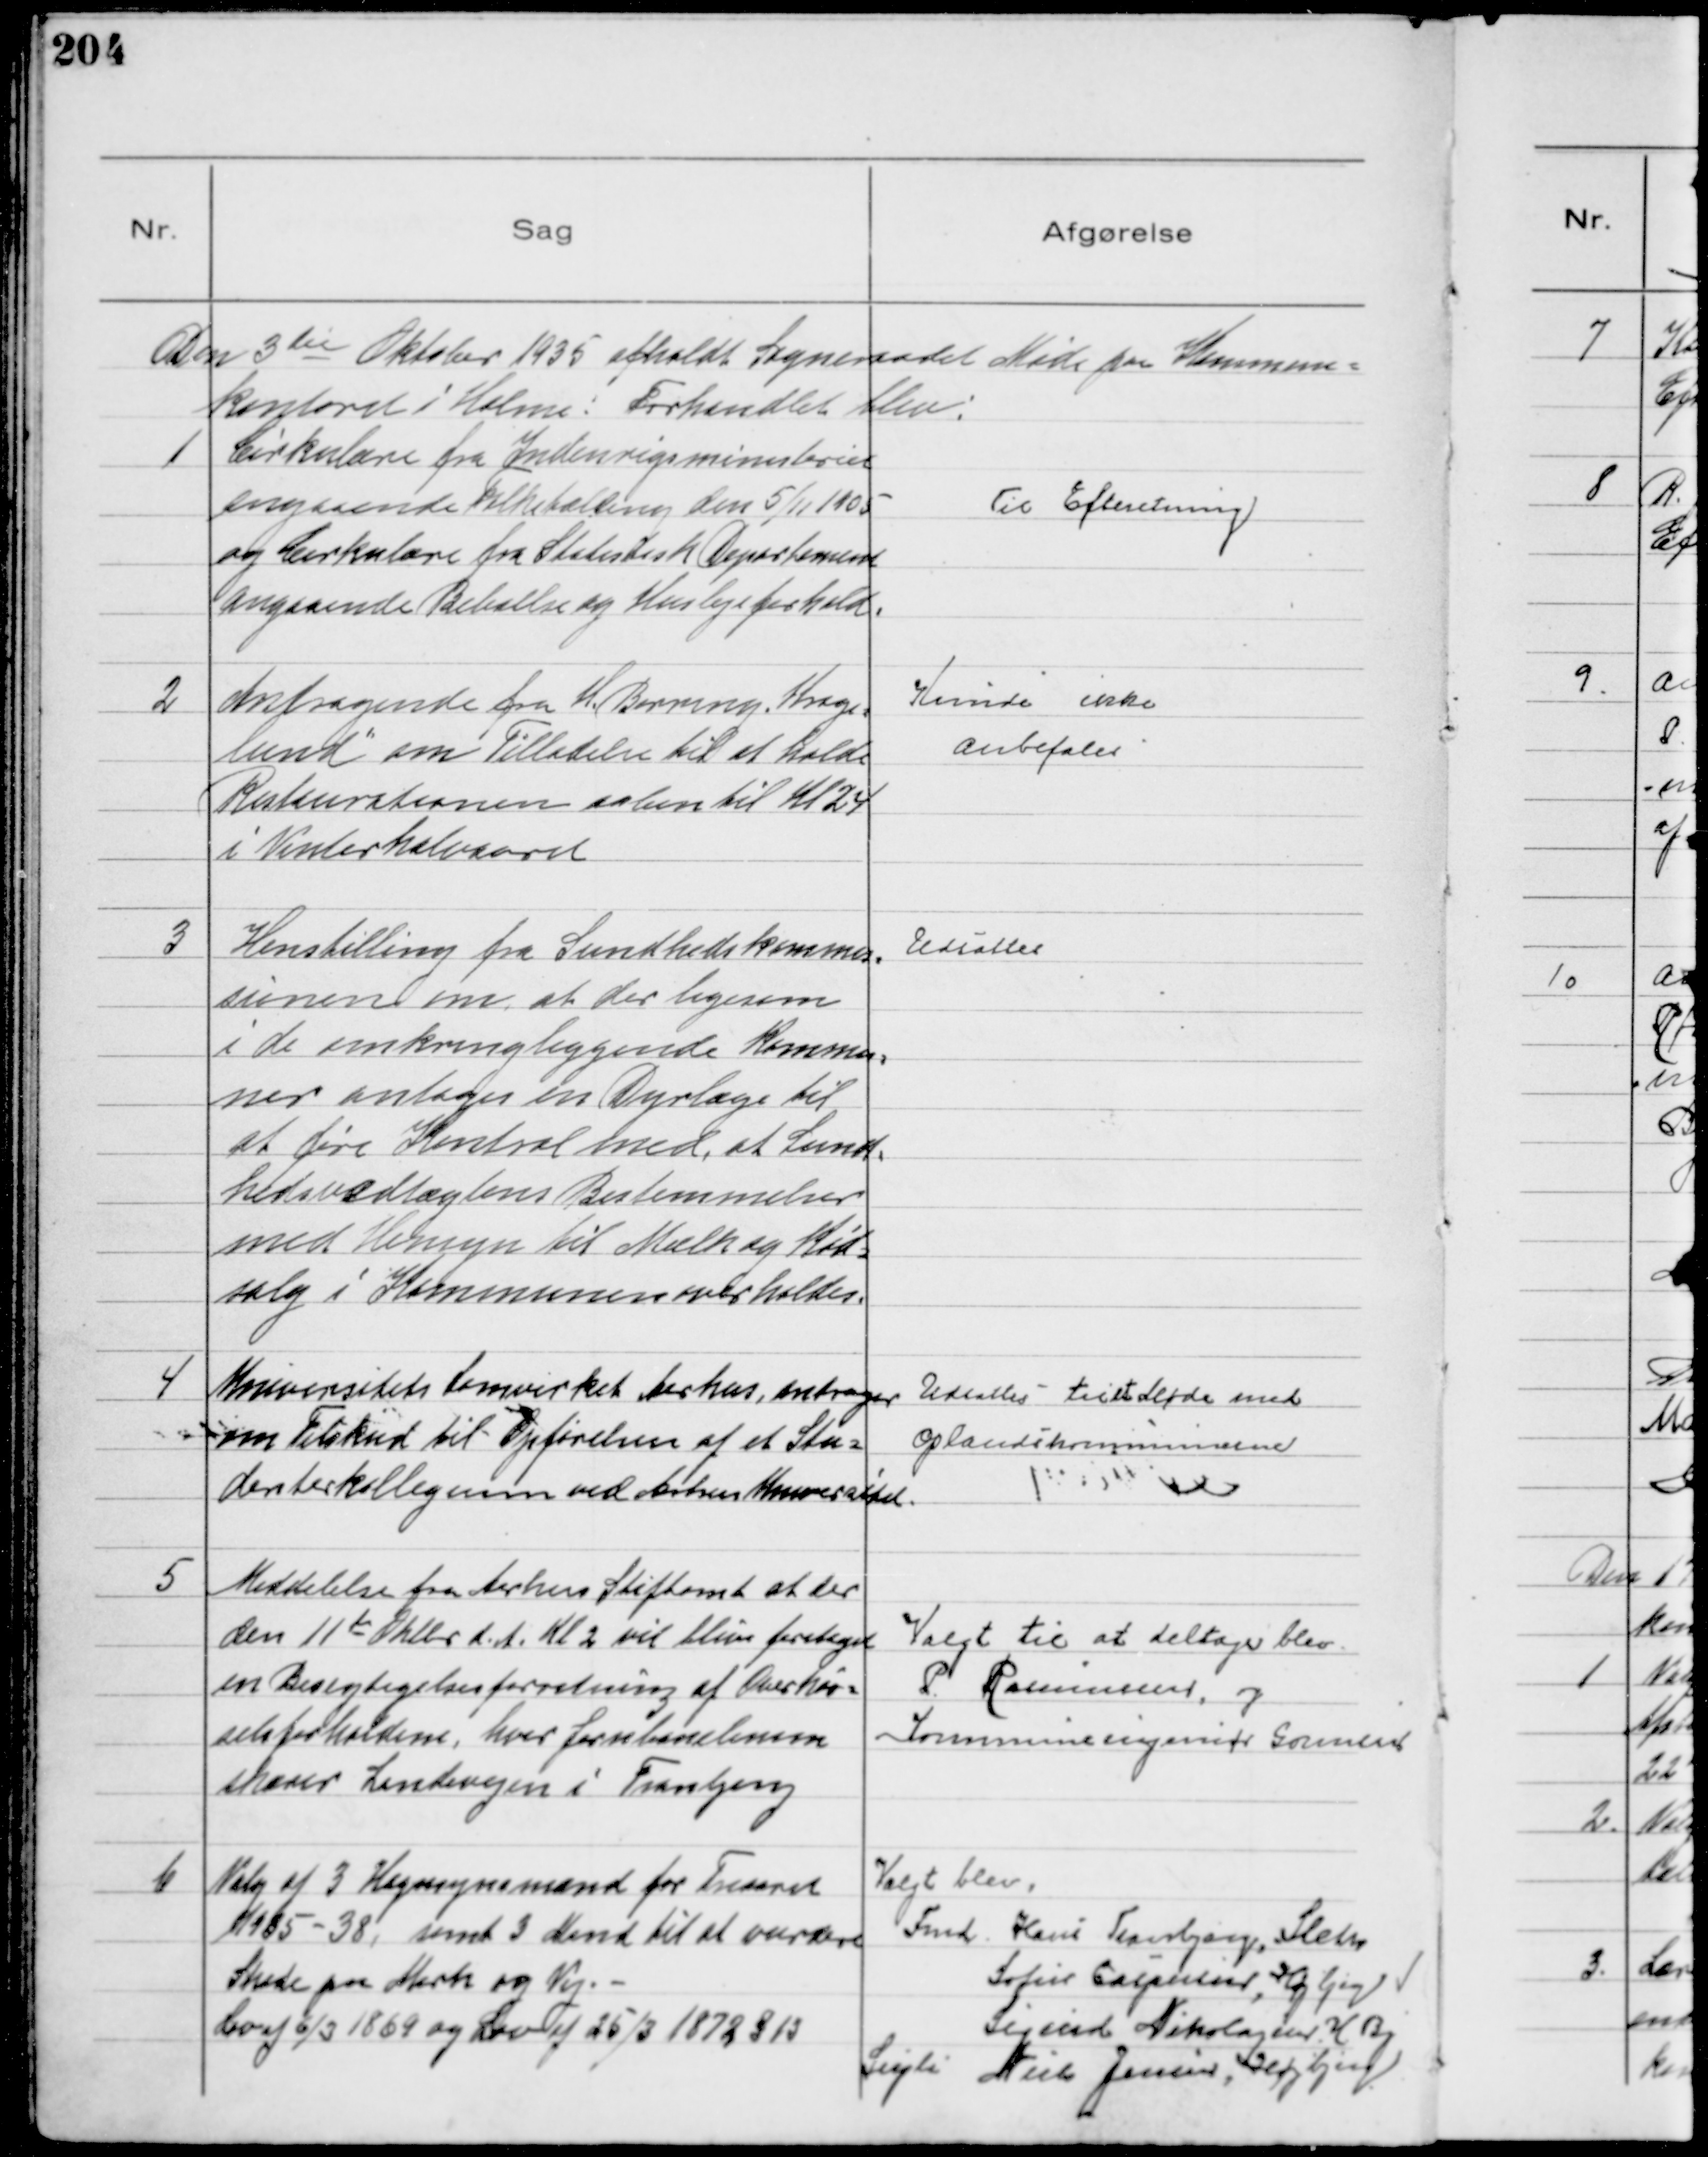
Transskription:
Den 3 die Oktober 1935 afholdt Sogneraadet Møde paa Kommune=
kontoret i Holme: Forhandlet blev:

1
Cirkulære fra Indenrigsministeriet
angaaende Folketælling den 5/11 1935
og Cirkulære fra Statistisk Departement
angaaende Beboelse og Huslejeforhold.

Til Efteretning

2
Andragende fra H. Berring "Krage=
lund" om Tilladelse til at holde
Restaurationen aaben til Kl 24
i Vinterhalvaaret

Kunde ikke
anbefales

3
Henstilling fra Sundhedskommis=
sionen om, at der ligesom
i de omkringliggende Kommu=
ner antages en Dyrlæge til
at føre Kontrol med, at Sund=
hedsvedtægtens Bestemmelser
med Hensyn til Mælk og Kød=
salg i Kommunen overholdes.

Udsattes

4
Universitets Samvirket Aarhus, andrager
om Tilskud til Opførelsen af et Stu=
denterkollegium ved Aarhus Universitet.

Udsattes - til et Møde med
Oplandskommunerne

5
Meddelelse fra Aarhus Stiftamt at der
den 11te Oktbr d.A. Kl 2 vil blive foretaget
en Besigtigelsesforretning af Overkør=
selsforholdene, hvor Jernbanelinien
skærer Landevejen i Tranbjerg

Valgt til at deltage blev
P. Rasmussen, og
Kommuneingeniør Gormsen

6
Valg af 3 Hegnsynsmænd for Treaaret
1935-38, samt 3 Mænd til at vurdere
Skade paa Mark og Vej. 
Lov af 6/3 1869 og Lov af 25/3 1872 § 13

Valgt blev:
Fmd. Hans Tranbjerg, Sleth
Sofus Caspersen, Højbjerg
Sigurd Nikolajsen H. Bj.
Supli Niels Jensen, Højbjerg